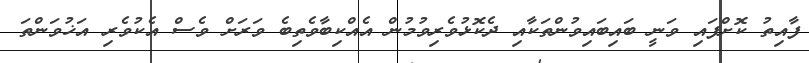
ފާއިތު ކޮށްފައި ވަނީ ބައިބައިވުންތަކާއި ދެކޮޅުވެރިވުމުން އެއްކިބާވެތިބެ ވަރަށް ވެސް އެކުވެރި އަޚުވަންތަ